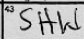
Transcription: SHW